Calcutta medical institutions reports 1879-81 [i.e.91]
Year: 1879
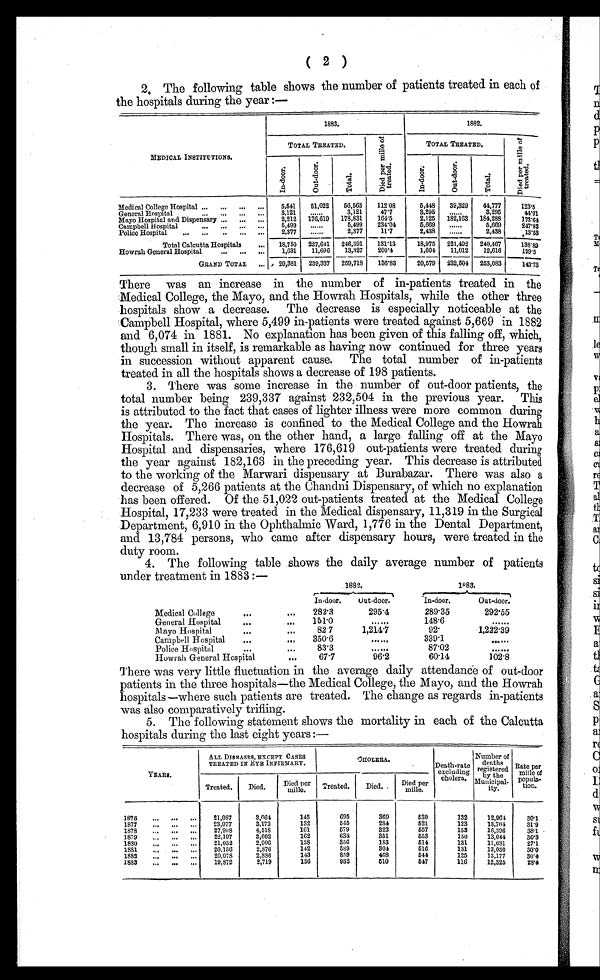
(2)
2. The following table shows the number of patients treated in each of
the hospitals during the year:—
MEDICAL INSTITUTIONS.
1883.
1882.
TOTAL TREATED.
D i e d p e r m i l l e o f t r e a t e d .
TOTAL TREATED.
D i e d p e r m i l l e t r e a t e d .
I n - d o o r .
O u t - D o o r
T o t a l .
I n - d o o r .
O u t - D o o r
T o t a l .
Medical College Hospital ...
...
...
. . .
5,541
51,022
56,563
112.08
5,448
39,329
44,777
123.5
General Hospital
...
...
...
. . .
3,121
. . . . .
3,121
47. 7
3,295
. . . . .
3,295
44.91
Mayo Hospital and Dispensary ...
...
. . .
2,212 176,619
178,831
164.5
2,125 182,163 184,288
173.64
Campbell Hospital
...
...
...
. . .
5,499
......
5,499
234.04
5,669
.....
5,669
247.83
Police Hospital
...
...
. . .
. . .
. . .
2,377
......
2,377
11.7
2,438
......
2,438
.13.53
Total Calcutta, Hospitals
..,
18,750 227,641 246,391
131.13
18,975 221,492 240,467
138.89
Howrah General Hospital
...
...
-
1,631
11,696
13,327
200 .4
1,604
11,012
12,616
199.5
GLAND TOTAL
..,
20,381
239,337 259,718
136.83
20,579 232,504 253,083
143.73
There was an increase in the number of in-patients treated in the
Medical College, the Mayo, and the Howrah Hospitals, while the other three
hospitals show a decrease. The decrease is especially noticeable at the
Campbell Hospital, where 5,499 in-patients were treated against 5,669 in 1882
and 6,074 in 1881. No explanation has been given of this falling off, which,
though small in itself, is remarkable as having now continued for three years
in succession without apparent cause. The total number of in-patients
treated in all the hospitals shows a decrease of 198 patients.
3.
There was some increase in the number of out-door patients, the
total number being 239,337 against 232,504 in the previous year. This
is attributed to the fact that cases of lighter illness were more common during
the year. The increase is confined to the Medical College and the Howrah
Hospitals. There was, on the other hand, a large falling off at the Mayo
Hospital and dispensaries, where 176,619 out-patients were treated during
the year against 182,163 in the preceding year. This decrease is attributed
to the working of the Marwari dispensary at Burabazar. There was also a
decrease of 5,266 patients at the Chandni Dispensary, of which no explanation
has been offered. Of the 51,022 out-patients treated at the Medical College
Hospital, 17,233 were treated in the Medical dispensary, 11,319 in the Surgical
Department, 6,910 in the Ophthalmic Ward, 1,776 in the Dental Department,
and 13,784 persons, who came after dispensary hours, were treated in the
duty room.
4. The following table shows the daily average number of patients
under treatment in 1883:—
1882,
1 8 8 3 .
In-door.
Out-door.
In-door.
Out-door.
Medical College
...
...
282.3
295.4
289.35
292.55
General Hospital
...
...
151.0
. . . . . .
148.6
......
Mayo Hospital
...
...
82.7
1,214.7
9 2 .
1,222.39
Campbell Hospital...
...
350.6
. . . . . .
339.1
......
Police Hospital
...
...
83.3
. . . . . .
87.02
......
Howrah General Hospital
...
67.7
96.2
60.14
102.8
There was very little fluctuation in the average daily attendance of out-door
patients in the three hospitals-the Medical College, the Mayo, and the Howrah
hospitals-where such patients are treated. The change as regards in-patients
was also comparatively trifling.
5.
The following statement shows the mortality in each of the Calcutta
hospitals during the last eight years:—
YEARS.
ALL DISHASES, EXCEPT CASES
TREATED IN EYE INFIRMARY.
CHOLERA.
Death-rate
excluding
cholera.
Number of
deaths
registered
by the
Municipal-ity.
Rateper
mile of
popula-tion
Treated.
Died.
Died per
mile.
Treated.
Died.
Died per
mile.
1876
...
...
-
21,087
3,064
145
695
369
530
132
12,964
30.1
1877
...
...
-
23,977
3,172
132
545
284
521
123
13,704
31.9
1878
...
.,.
...
27,908
4,518
161
579
323
557
153
16,396
3 8 . 1
1879
...
...
-
22,197
3,602
162
634
351
553
150
13,044
30. 3
1880
...
..„.,
21,032
2,906
138
356
183
514
131
11,681
27.1
1881
...
...
...
20,156
2,876
142
589
304
516
131
13,030
30.0
1882
...
...
-
20,078
2,8S6
143
859
468
544
125
13,177
30. 4
1889
...
...
-
19,872
2,719
136
932
510
517
116
12,325
2 8 . 4